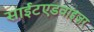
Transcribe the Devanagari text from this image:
साईटएडवाइज़र